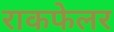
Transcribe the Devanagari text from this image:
राकफेलर